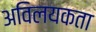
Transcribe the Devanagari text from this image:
अविलयकता